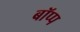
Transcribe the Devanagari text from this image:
बॉप्प